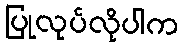
ပြုလုပ်လိုပါက